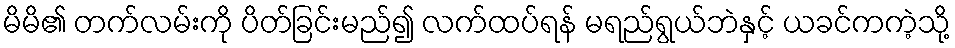
မိမိ၏ တက်လမ်းကို ပိတ်ခြင်းမည်၍ လက်ထပ်ရန် မရည်ရွယ်ဘဲနှင့် ယခင်ကကဲ့သို့